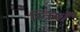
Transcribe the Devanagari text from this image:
स्त्रियाँं